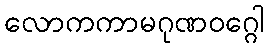
လောကကာမဂုဏဝဂ္ဂေါ